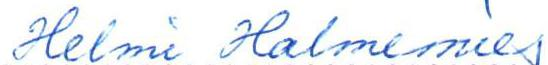
Helmi Halmemies